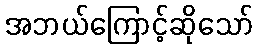
အဘယ်ကြောင့်ဆိုသော်